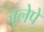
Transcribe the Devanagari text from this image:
जुलेपे